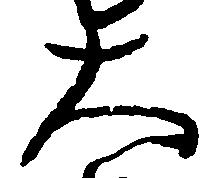
大